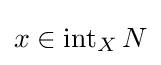
x\in \operatorname {int} _{X}N